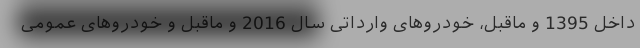
داخل 1395 و ماقبل، خودروهای وارداتی سال 2016 و ماقبل و خودروهای عمومی